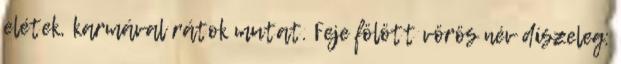
elétek, karmával rátok mutat. Feje fölött vörös név díszeleg: